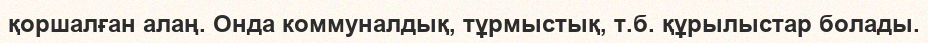
қоршалған алаң. Онда коммуналдық, тұрмыстық, т.б. құрылыстар болады.